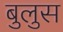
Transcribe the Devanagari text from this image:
बुलुस